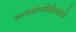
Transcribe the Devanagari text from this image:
अन्वयव्यतिरेकाचे